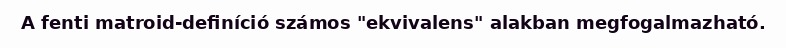
A fenti matroid-definíció számos "ekvivalens" alakban megfogalmazható.